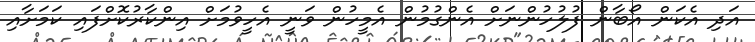
އަދި އެކަން އޯބާން ފުލުހުންނަށް އެންގުމުން އެމީހުން ވަނީ އެހީވުމަށް އިންކާރުކޮށްފައި ކަމަށާއި